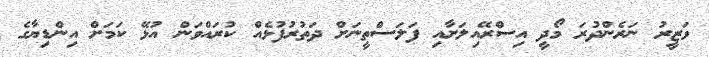
ވަޒީރު ނަރެންދުރަ މޯދީ އިސްރޭއިލަށާއި ފަލަސްތީނަށް ދަތުރުފުޅެއް ކުރައްވަން އުޅޭ ކަމަށް އިންޑިޔާގެ